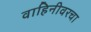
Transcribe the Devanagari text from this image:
वाहिनीवरचा